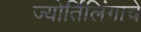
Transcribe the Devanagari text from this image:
ज्‍योर्तिलिंगाचे